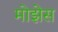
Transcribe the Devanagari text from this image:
मोझेेस